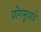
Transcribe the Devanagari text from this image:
योगसूत्राचे